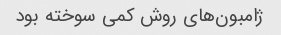
ژامبون‌های روش کمی سوخته بود